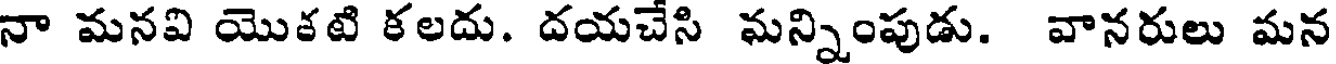
నా మనవి యొకటి కలదు. దయచేసి మన్నింపుడు. వానరులు మన